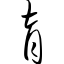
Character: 育